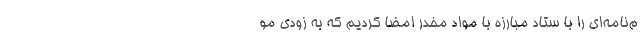
م‌نامه‌ای را با ستاد مبارزه با مواد مخدر امضا کردیم که به زودی مو